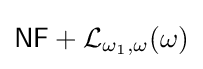
{\mathsf {NF}}+{\mathcal {L}}_{\omega _{1},\omega }(\omega )